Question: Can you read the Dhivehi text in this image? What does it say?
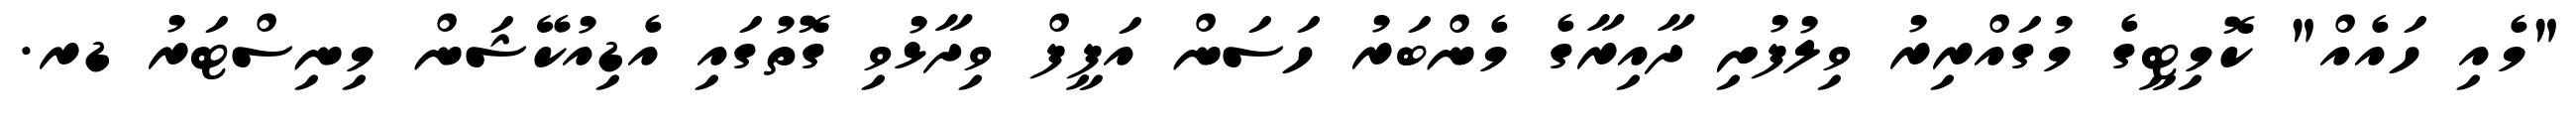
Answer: "މެއި ހައެއް" ކޮމިޓީގެ މުގައްރިރު ވިލުފުށި ދާއިރާގެ މެންބަރު ހަސަން އަފީފް ވިދާޅުވި ގޮތުގައި އެޑިއުކޭޝަން މިނިސްޓަރު ޑރ.